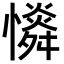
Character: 𢣶